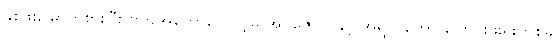
နှစ်ဖူးမြောက်စားပြီး ဗိုက်အတော်တောင့်မှ အိပ်ဇောဝ နှင့် အရွယ်တော် ပြောင်းဖူးရိုးတစ်ခု